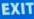
EXIT